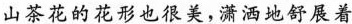
山茶花的花形也很美，潇洒地舒展着